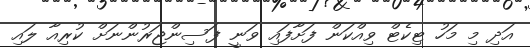
އަދި މި މަހު ޓިކެޓް ވިއްކަން ފަށާފައި ވަނީ ފަސިންޖަރުންނަށް ކުރިއާ ލައި